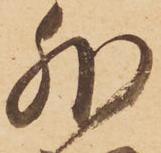
外